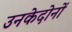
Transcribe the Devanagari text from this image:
उनकेदोनों